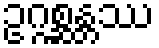
ဥဂ္ဂစ္ဆန္တဿ